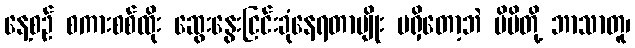
နေ့စဉ် စကားစစ်ထိုး ဆွေးနွေးငြင်းခုံနေရတာမျိုး မရှိတော့ဘဲ မိမိတို့ ဘာသာတူ၊